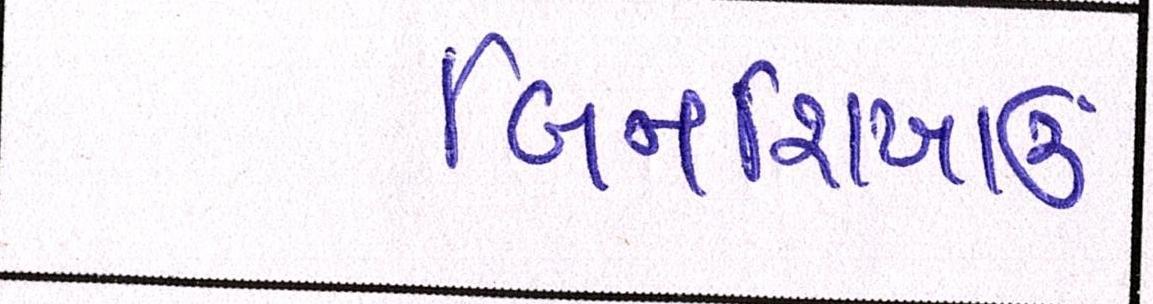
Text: બિનશિખાઉ